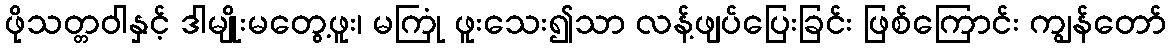
ဖိုသတ္တဝါနှင့် ဒါမျိုးမတွေ့ဖူး၊ မကြုံ ဖူးသေး၍သာ လန့်ဖျပ်ပြေးခြင်း ဖြစ်ကြောင်း ကျွန်တော်